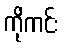
ကိုကင်း